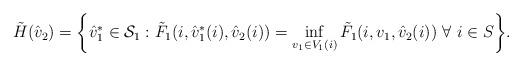
LaTeX: \begin{align*}\tilde{H}(\hat{v}_2)=\biggl\{\hat{v}^{*}_1\in {\mathcal{S}_1}:\tilde{F}_1(i,\hat{v}^{*}_1(i),\hat{v}_2(i))=\inf_{v_1\in V_1(i)} \tilde{F}_1(i,v_1,\hat{v}_2(i))~\forall~i\in S\biggr\}.\end{align*}